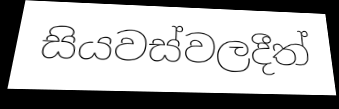
සියවස්වලදීත්